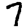
Digit: 7